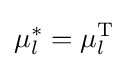
\mu _{l}^{*}=\mu _{l}^{\text{T}}